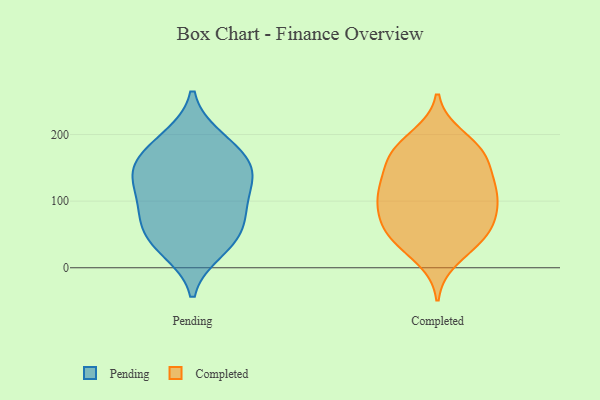
{"axis": {"x": "Satisfaction Score", "y": "Value"}, "legend": ["Completed", "Pending"], "data": [{"x": "", "y": 92, "type": "Pending"}, {"x": "", "y": 27, "type": "Pending"}, {"x": "", "y": 123, "type": "Pending"}, {"x": "", "y": 159, "type": "Pending"}, {"x": "", "y": 136, "type": "Pending"}, {"x": "", "y": 152, "type": "Pending"}, {"x": "", "y": 78, "type": "Pending"}, {"x": "", "y": 41, "type": "Pending"}, {"x": "", "y": 44, "type": "Pending"}, {"x": "", "y": 77, "type": "Pending"}, {"x": "", "y": 194, "type": "Pending"}, {"x": "", "y": 185, "type": "Pending"}, {"x": "", "y": 140, "type": "Pending"}, {"x": "", "y": 46, "type": "Completed"}, {"x": "", "y": 164, "type": "Completed"}, {"x": "", "y": 114, "type": "Completed"}, {"x": "", "y": 70, "type": "Completed"}, {"x": "", "y": 124, "type": "Completed"}, {"x": "", "y": 167, "type": "Completed"}, {"x": "", "y": 72, "type": "Completed"}, {"x": "", "y": 44, "type": "Completed"}, {"x": "", "y": 197, "type": "Completed"}, {"x": "", "y": 90, "type": "Completed"}, {"x": "", "y": 14, "type": "Completed"}, {"x": "", "y": 161, "type": "Completed"}, {"x": "", "y": 129, "type": "Completed"}, {"x": "", "y": 185, "type": "Completed"}, {"x": "", "y": 40, "type": "Completed"}, {"x": "", "y": 115, "type": "Completed"}, {"x": "", "y": 57, "type": "Completed"}, {"x": "", "y": 174, "type": "Completed"}, {"x": "", "y": 111, "type": "Completed"}, {"x": "", "y": 93, "type": "Completed"}]}